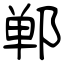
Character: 郸